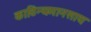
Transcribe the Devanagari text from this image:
काठिन्यमानसाय